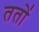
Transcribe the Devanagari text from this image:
ततो॑